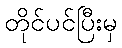
တိုင်ပင်ပြီးမှ